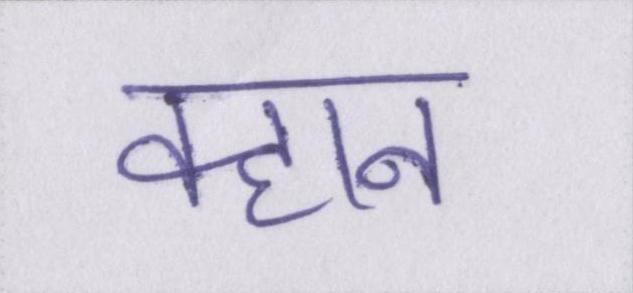
क्हान